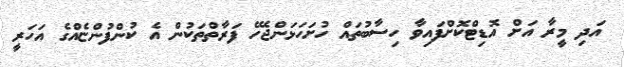
އަދި މީރާ އަށް އޮޑިޓްކޮށްފައިވާ ހިސާބުތައް ހުށަހަޅަންޖެހޭ ފަރާތްތަކުން އެ ކުންފުންޏެއްގެ އަހަރީ